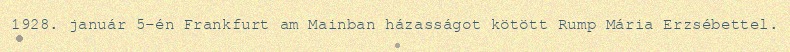
1928. január 5-én Frankfurt am Mainban házasságot kötött Rump Mária Erzsébettel.